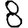
Digit: 8